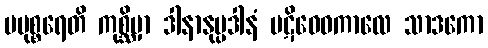
ပမုစ္စရေတိ ကုစ္ဆိမှာ ဒါနာနုပ္ပဒါနံ ပဋိဝေဓကာလေ သာဒကော